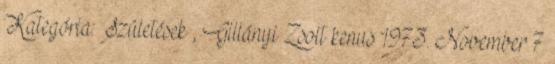
Kategória: Születések , Gillányi Zsolt kenus 1973. November 7